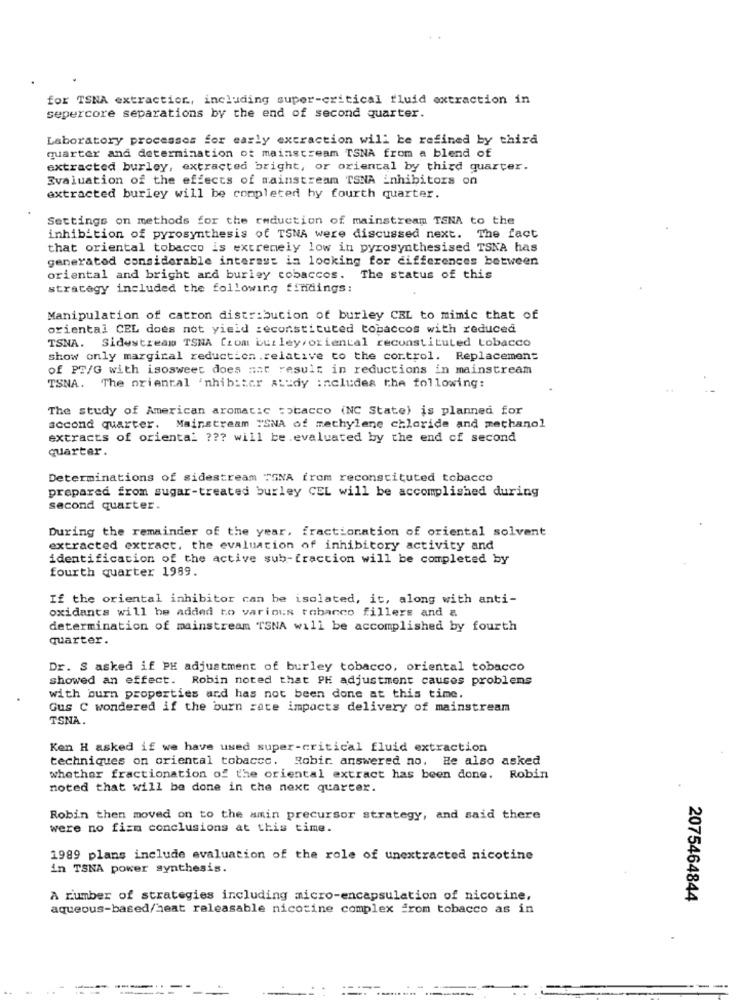
for TSNA extraction, including super-critical fluid extraction in
sepercore separations by the end of second quarter.
Laboratory processos for early extraction will be refined by third
quarter and determination of mainstream TSNA from a blend of
extracted burley, extracted bright, or oriental by third quarter.
Evaluation of the effects of mainstream TSNA inhibitors on
extracted burley will be completed hy fourth quarter.
Settings on methods for the reduction of mainstream TENA to the
inhibition of pyrosynthesis of TSNA were discussed next. The fact
that oriental tobacco is extremely low in pyrosynthesised TSNA has
generated considerable interest in looking for differences between
oriental and bright and burley tobaccos. The status of this
strategy included the following findings:
Manipulation of catron distribution of burley CEL to mimic that of
oriental CEL does not yield reconstituted tobaccos with reduced
TSNA. Sidestream TSNA Ciom builey/oriental reconstituted tobacco
show only marginal reduction.relative to the control. Replacement
of PT/G with isosweet does not result in reductions in mainstream
TSNA. The oriental 'nhibiter study includes the following:
The study of American aromatic tobacco (NC State) is planned for
second quarter. Mainstream "SNA of methylene chloride and methanol
extracts of oriental ??? will be.evaluated by the end of second
quarter.
Determinations of sidestream TSNA from reconstituted tobacco
prepared from sugar-treated burley CEL will be accomplished during
second quarter.
During the remainder of the year, fractionation of oriental solvent
extracted extract, the evaluation of inhibitory activity and
identification of the active sub-fraction will be completed by
fourth quarter 1989.
If the oriental inhibitor can be isolated, it, along with anti-
oxidants will be added to various tobanco fillers and a
determination of mainstream TSNA will be accomplished by fourth
quarter.
Dr. S asked if PH adjustment of burley tobacco, oriental tobacco
showed an effect. Robin noted that PE adjustment causes problems
with burn properties and has not been done at this time.
Gus C wondered if the burn rate impacts delivery of mainstream
TSNA.
Ken H asked if we have used super-critical fluid extraction
techniques on oriental tobacco. Robir answered no. He also asked
whether fractionation of the oriental extract has been done. Robin
noted that will be done in the next quarter.
Robin then moved on to the amin precursor strategy, and said there
were no fizm conclusions at this time.
1989 plans include evaluation of the role of unextracted nicotine
in TSNA power synthesis.
A number of strategies including micro-encapsulation of nicotine,
2075464844
aqueous-based/heat releasable nicotine complex from tobacco as in